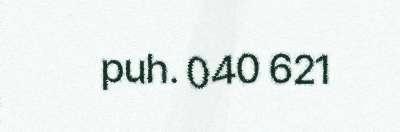
puh. 040 621